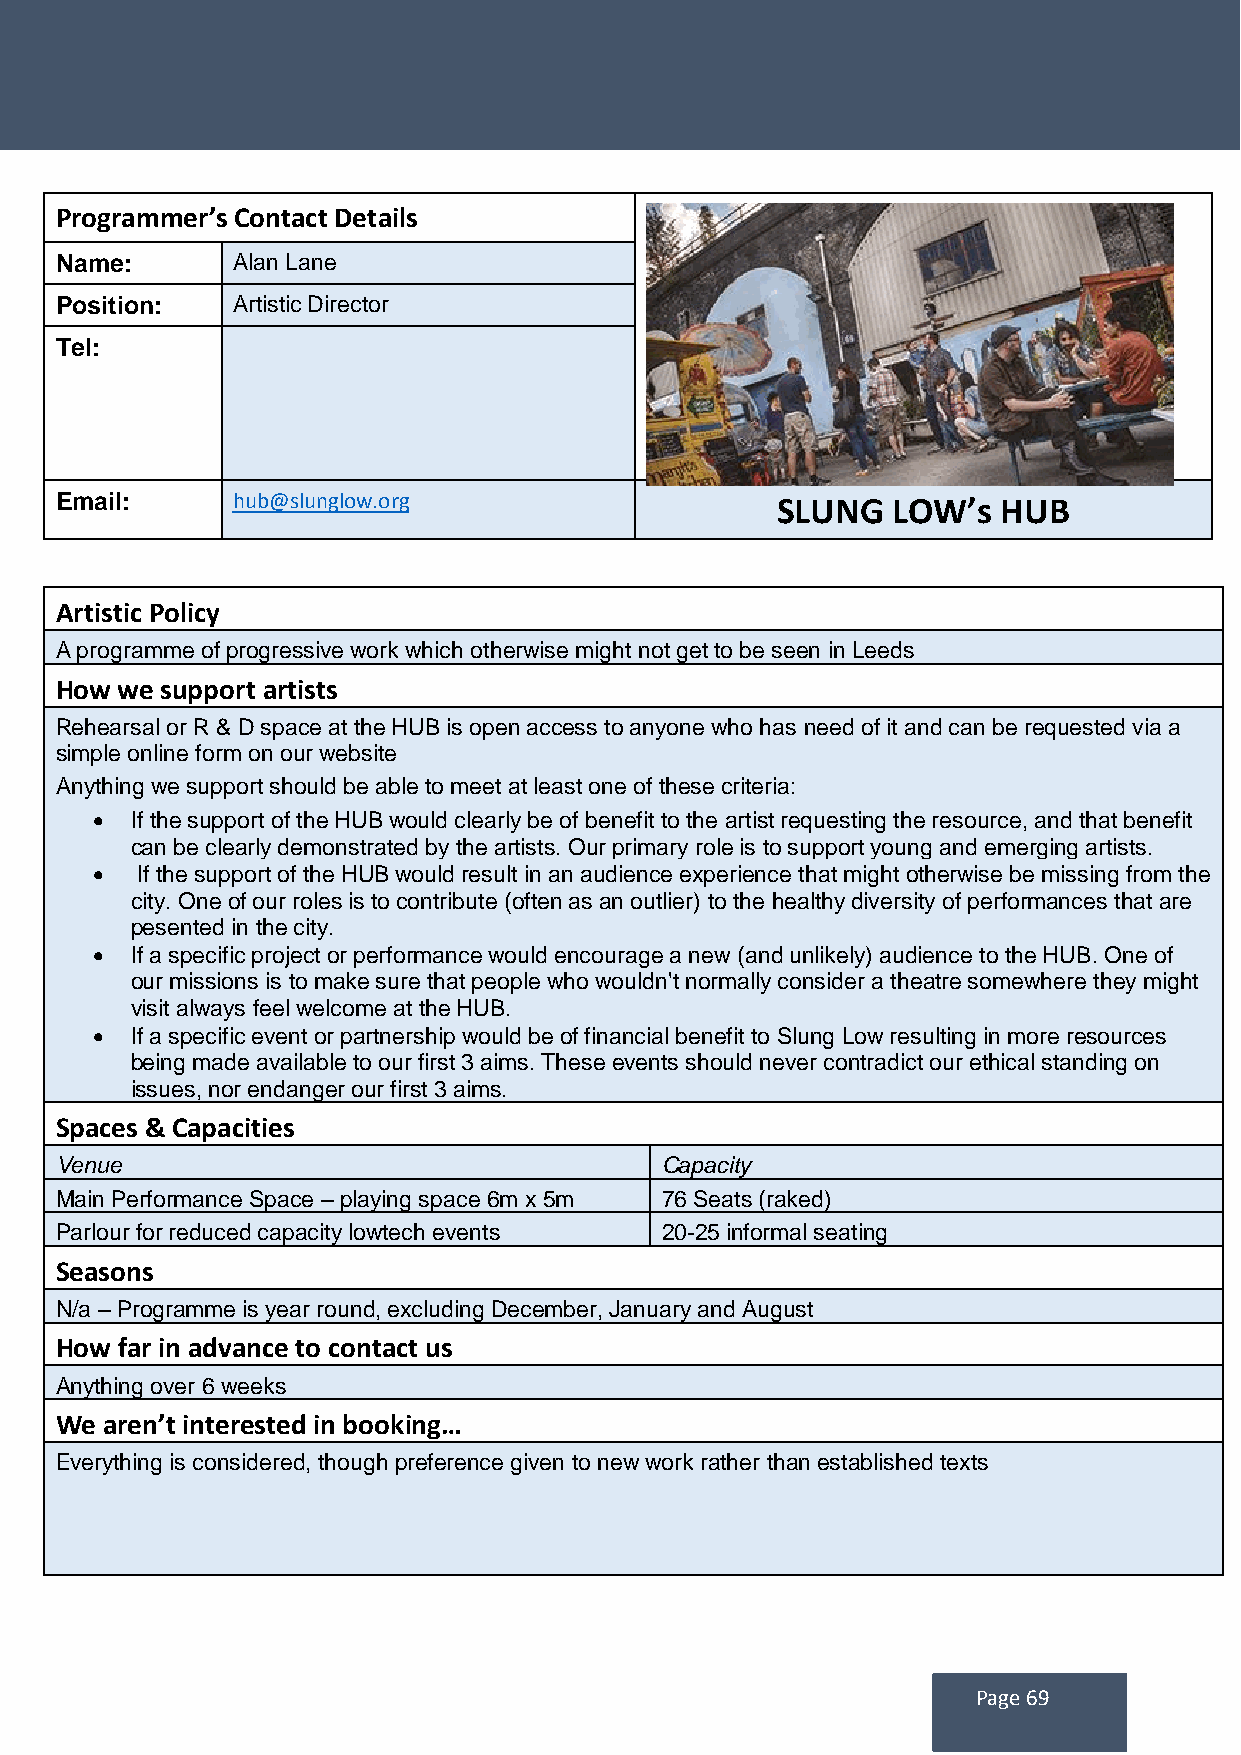
Programmer’s Contact Details
 Name:      Alan Lane
 Position:  Artistic Director
 Tel:
 Email:     hub@slunglow.org                    SLUNG   LOW’s  HUB
 Artistic Policy
 A programme of progressive work which otherwise might not get to be seen in Leeds
 How we support artists
 Rehearsal or R & D space at the HUB is open access to anyone who has need of it and can be requested via a
 simple online form on our website
 Anything we support should be able to meet at least one of these criteria:
   If the support of the HUB would clearly be of benefit to the artist requesting the resource, and that benefit
 can be clearly demonstrated by the artists. Our primary role is to support young and emerging artists.
   If the support of the HUB would result in an audience experience that might otherwise be missing from the
 city. One of our roles is to contribute (often as an outlier) to the healthy diversity of performances that are
 pesented in the city.
   If a specific project or performance would encourage a new (and unlikely) audience to the HUB. One of
 our missions is to make sure that people who wouldn't normally consider a theatre somewhere they might
 visit always feel welcome at the HUB.
   If a specific event or partnership would be of financial benefit to Slung Low resulting in more resources
 being made available to our first 3 aims. These events should never contradict our ethical standing on
 issues, nor endanger our first 3 aims.
 Spaces & Capacities
 Venue                                   Capacity
 Main Performance Space – playing space 6m x 5m 76 Seats (raked)
 Parlour for reduced capacity lowtech events 20-25 informal seating
 Seasons
 N/a – Programme is year round, excluding December, January and August
 How far in advance to contact us
 Anything over 6 weeks
 We aren’t interested in booking…
 Everything is considered, though preference given to new work rather than established texts
 Page 69